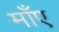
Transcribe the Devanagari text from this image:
माँए